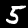
Label: 5